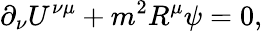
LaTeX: \partial_{\nu}U^{\nu\mu}+m^{2}R^{\mu}\psi=0,